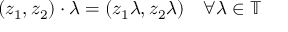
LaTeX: ( z _ { 1 } , z _ { 2 } ) \cdot \lambda = ( z _ { 1 } \lambda , z _ { 2 } \lambda ) \quad \forall \lambda \in \mathbb { T }